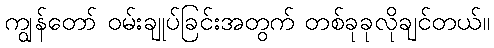
ကျွန်တော် ဝမ်းချုပ်ခြင်းအတွက် တစ်ခုခုလိုချင်တယ်။